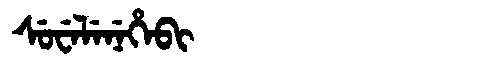
Manchu: ᠰᡠᠸᡝᠯᡝᠨᡝᡥᡝᠪᡳ
Romanization: SUWELENEHEBI